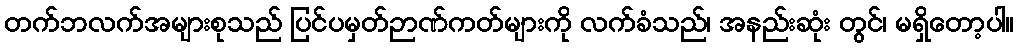
တက်ဘလက်အများစုသည် ပြင်ပမှတ်ဉာဏ်ကတ်များကို လက်ခံသည်၊ အနည်းဆုံး တွင်၊ မရှိတော့ပါ။